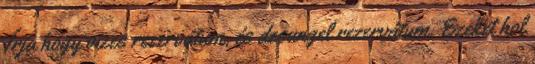
Írja hogy vizes rezervátum, és dzsungel rezervátum. Ezeket hol